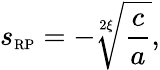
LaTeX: s_{\scriptscriptstyle{\mathrm{RP}}}=-\sqrt[2\xi]{\frac{c}{a}},